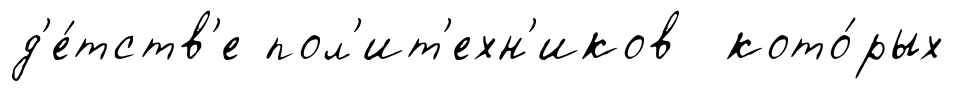
д'е́тств'е пол'ит'ехн'иков кото́рых